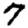
Digit: 7